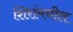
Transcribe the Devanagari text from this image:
शिरांमधील